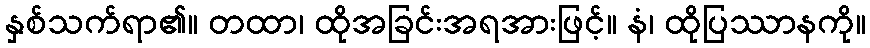
နှစ်သက်ရာ၏။ တထာ၊ ထိုအခြင်းအရအားဖြင့်။ နံ၊ ထိုပြဿာနကို။